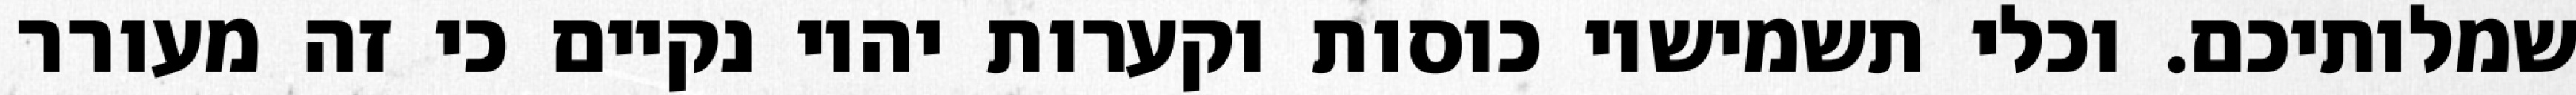
שמלותיכם. וכלי תשמישיו כוסות וקערות יהיו נקיים כי זה מעורר